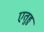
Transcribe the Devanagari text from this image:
एतुहु